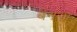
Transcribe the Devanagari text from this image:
बनसी